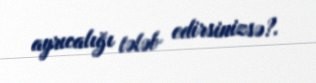
ayrıcalığı tələb edirsinizsə?.